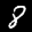
Label: 8